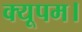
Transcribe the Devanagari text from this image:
क्यूपम।